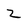
Character: z